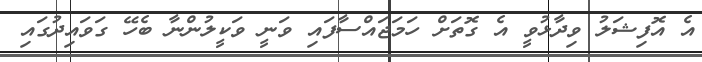
އެ އޮފިޝަލު ވިދާޅުވީ އެ ގޮތަށް ހަމަޖައްސާފައި ވަނީ ވަކީލުންނާ ބެހޭ ގަވައިދުގައި